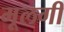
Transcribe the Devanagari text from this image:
मूलगी